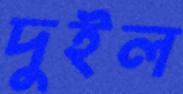
দুইল